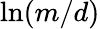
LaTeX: \ln(m/d)